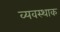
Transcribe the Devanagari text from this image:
व्यवस्थाक